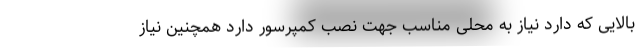
بالایی که دارد نیاز به محلی مناسب جهت نصب کمپرسور دارد همچنین نیاز